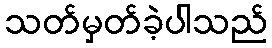
သတ်မှတ်ခဲ့ပါသည်